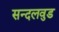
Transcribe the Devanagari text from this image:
सन्दलवुड